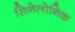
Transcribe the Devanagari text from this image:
सिनेलोगिक